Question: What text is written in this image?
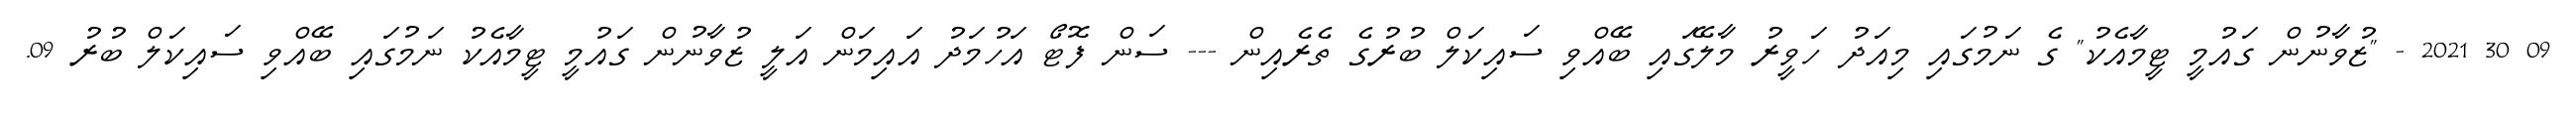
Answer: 09 30 2021 - "ޒުވާނުން ގައުމީ ޓީމާއެކު" ގެ ނަމުގައި މިއަދު ހަވީރު މާލޭގައި ބޭއްވި ސައިކަލް ބުރުގެ ތެރެއިން --- ސަން ފޮޓޯ އަހުމަދު އައިމަން އަލީ ޒުވާނުން ގައުމީ ޓީމާއެކު ނަމުގައި ބޭއްވި ސައިކަލް ބުރު 09.